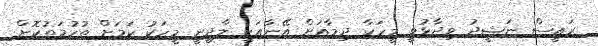
ރައީސް ނަޝީދު ވިދާޅުވީ މީހަކާ ދިމާއަށް އޭނާއަކީ ލާދީނީ މީހަކު ކަމަށް ތުހުމަތުކޮށް